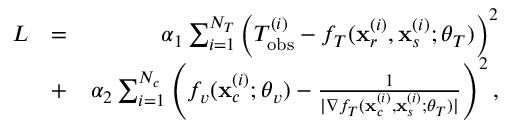
\begin{array} { r l r } { L } & { = } & { \alpha _ { 1 } \sum _ { i = 1 } ^ { N _ { T } } \left( T _ { \mathrm { o b s } } ^ { ( i ) } - f _ { T } ( \mathbf { x } _ { r } ^ { ( i ) } , \mathbf { x } _ { s } ^ { ( i ) } ; \boldsymbol { \theta } _ { T } ) \right) ^ { 2 } } \\ & { + } & { \alpha _ { 2 } \sum _ { i = 1 } ^ { N _ { c } } \left( f _ { v } ( \mathbf { x } _ { c } ^ { ( i ) } ; \boldsymbol { \theta } _ { v } ) - \frac { 1 } { | \nabla f _ { T } ( \mathbf { x } _ { c } ^ { ( i ) } , \mathbf { x } _ { s } ^ { ( i ) } ; \boldsymbol { \theta } _ { T } ) | } \right) ^ { 2 } , } \end{array}